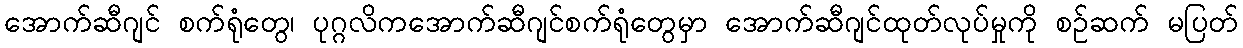
အောက်ဆီဂျင် စက်ရုံတွေ၊ ပုဂ္ဂလိကအောက်ဆီဂျင်စက်ရုံတွေမှာ အောက်ဆီဂျင်ထုတ်လုပ်မှုကို စဉ်ဆက် မပြတ်